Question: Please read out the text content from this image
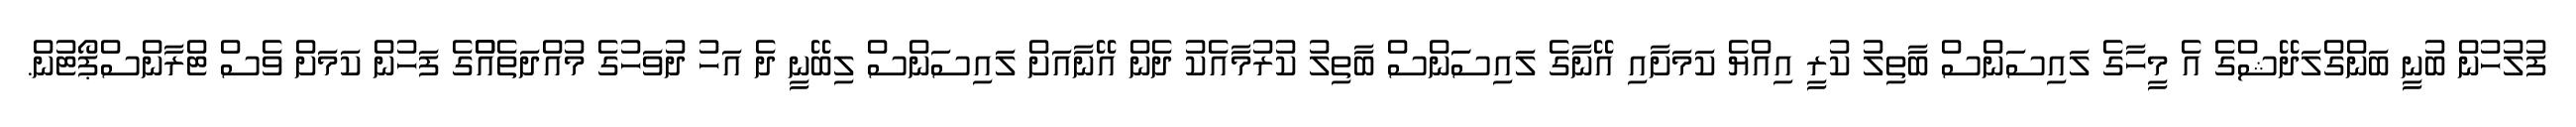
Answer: ފުލުހުން ބުނީ ބަންގްލަދޭޝްގެ އެ މީހާގެ ލައިސަންސް ބާތިލު ކުރީ އިއްޔެ ކަމަށާއި އޭނާގެ ލައިސަަންސް ބާތިލު ކުރުމާއެކު ދެން އޭނާއަށް ލައިސަންސް ލިބޭނީ ދެ އަހު ދުވަހުގެ މުއްދަތެއްްގެ ފަހުން ކަމަށް ވެސް ޓްރާންސްޕޯޓުން.